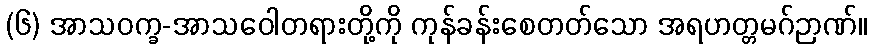
(၆) အာသဝက္ခ-အာသဝေါတရားတို့ကို ကုန်ခန်းစေတတ်သော အရဟတ္တမဂ်ဉာဏ်။